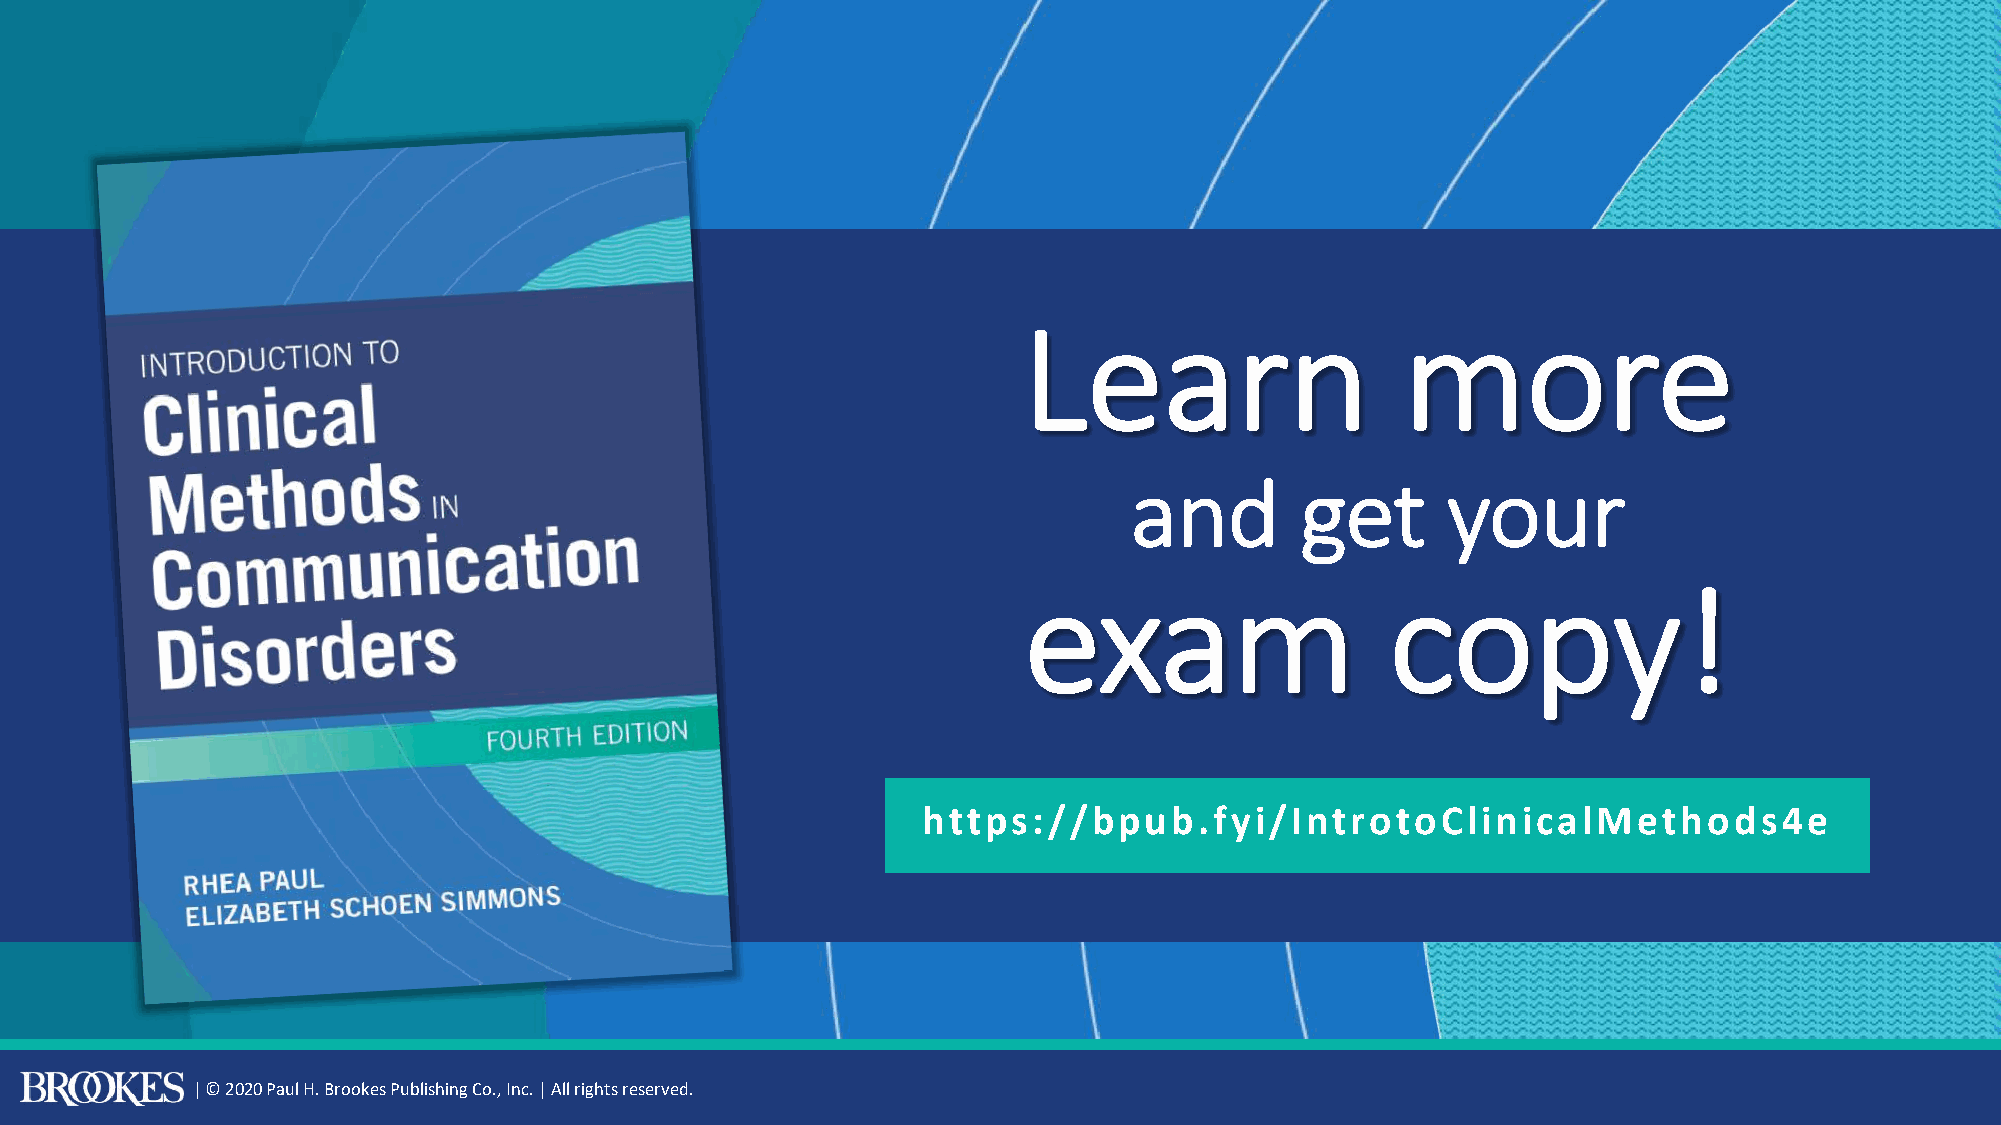
Learn                    more
 and        get       your
 exam                    copy!
 https://bpub.fyi/IntrotoClinicalMethods4e
 | © 2020 Paul H. Brookes Publishing Co., Inc. | All rights reserved.